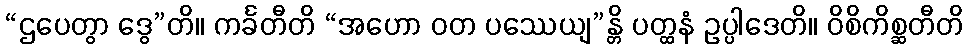
“ဌပေတွာ ဒွေ”တိ။ ကင်္ခတီတိ “အဟော ဝတ ပဿေယျ”န္တိ ပတ္ထနံ ဥပ္ပါဒေတိ။ ဝိစိကိစ္ဆတီတိ